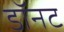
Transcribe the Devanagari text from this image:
डॉनट